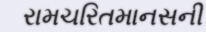
રામચરિતમાનસની